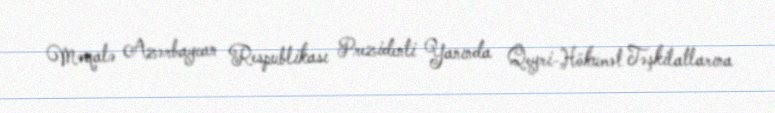
Məqalə Azərbaycan Respublikası Prezidenti Yanında Qeyri-Hökumət Təşkilatlarına